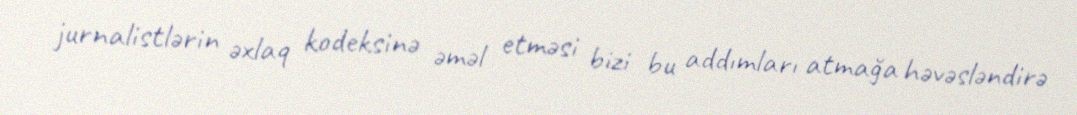
jurnalistlərin əxlaq kodeksinə əməl etməsi bizi bu addımları atmağa həvəsləndirə